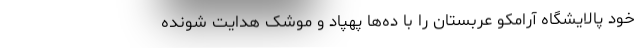
خود پالایشگاه آرامکو عربستان را با ده‌ها پهپاد و موشک هدایت شونده